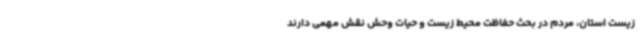
زیست استان، مردم در بحث حفاظت محیط زیست و حیات وحش نقش مهمی دارند